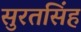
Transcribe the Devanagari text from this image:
सुरतसिंह